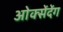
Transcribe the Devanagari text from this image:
ओक्सेंदेंग